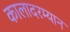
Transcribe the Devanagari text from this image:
कालादरम्यान